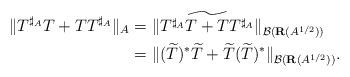
LaTeX: \begin{align*}\|T^{\sharp_A} T+TT^{\sharp_A}\|_A& =\|\widetilde{T^{\sharp_A} T+TT^{\sharp_A}}\|_{\mathcal{B}(\mathbf{R}(A^{1/2}))} \\ &=\|(\widetilde{T})^{*}\widetilde{T}+\widetilde{T}(\widetilde{T})^{*}\|_{\mathcal{B}(\mathbf{R}(A^{1/2}))}.\end{align*}